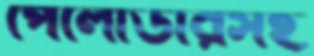
পেলোডারসহ